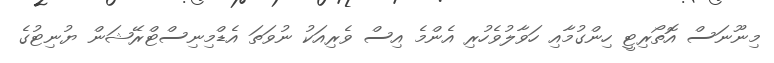
މިނޫނަސް އޮތޯރިޓީ ހިންގުމާއި ހަވާލުވެހުރި އެންމެ އިސް ވެރިއަކު ނުވަތަ އެޑްމިނިސްޓްރޭޝަން ޔުނިޓުގެ